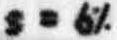
S = 6%